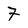
Character: 7